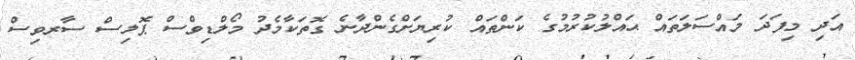
އަދި މިފަދަ މައްސަލަތައް ޙައްލުކުރުމުގެ ކަންތައް ކުރިޔަށްގެންދާނެ ގޮތަކާމެދު މޯލްޑިވްސް ޕޮލިސް ސާރވިސް